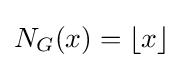
N_{G}(x)=\lfloor x\rfloor